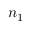
n _ { 1 }